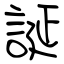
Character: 誕